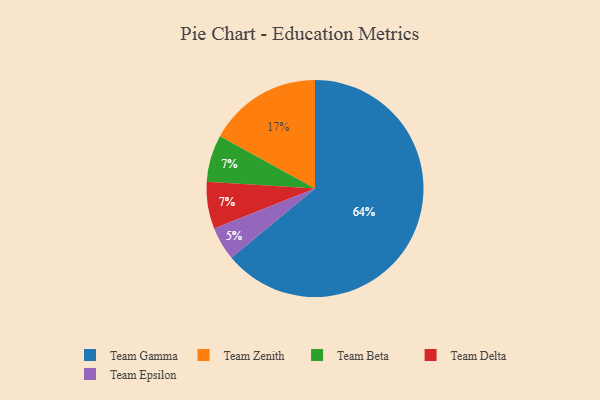
{"axis": {"x": "Category", "y": "Percentage"}, "legend": ["Team Beta", "Team Delta", "Team Epsilon", "Team Gamma", "Team Zenith"], "data": [{"x": "Team Beta", "y": 7, "type": "Team Beta"}, {"x": "Team Zenith", "y": 17, "type": "Team Zenith"}, {"x": "Team Gamma", "y": 64, "type": "Team Gamma"}, {"x": "Team Delta", "y": 7, "type": "Team Delta"}, {"x": "Team Epsilon", "y": 5, "type": "Team Epsilon"}]}